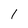
Character: 1